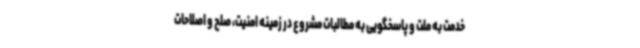
خدمت به ملت و پاسخگویی به مطالبات مشروع در زمینه امنیت،‌ صلح و اصلاحات